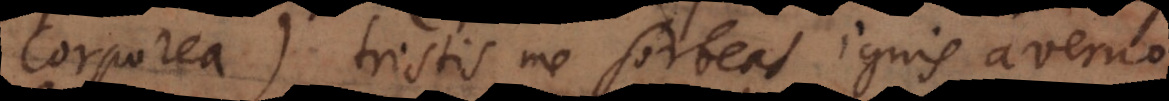
Corporea) tristis me sorbeat ignis averno